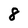
Character: 8